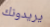
يريدونك